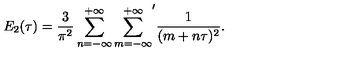
E _ { 2 } ( \tau ) = \frac { 3 } { \pi ^ { 2 } } \sum _ { n = - \infty } ^ { + \infty } { \sum _ { m = - \infty } ^ { + \infty } } ^ { \prime } \frac { 1 } { ( m + n \tau ) ^ { 2 } } .